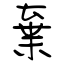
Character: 棄